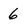
Character: 6